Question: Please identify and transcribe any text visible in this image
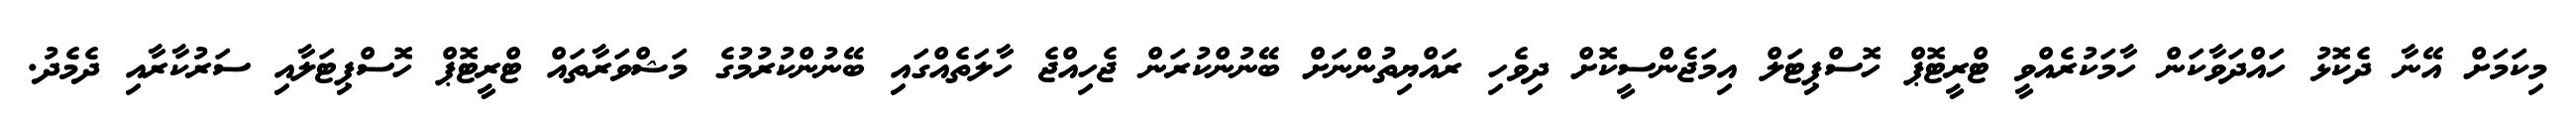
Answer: މިކަމަށް އޭނާ ދެކޮޅު ހައްދަވާކަން ހާމަކުރެއްވީ ޓްރީޓޮޕް ހޮސްޕިޓަލް އިމަޖެންސީކޮށް ދިވެހި ރައްޔިތުންނަށް ބޭނުންކުރަން ޖެހިއްޖެ ހާލަތެއްގައި ބޭނުންކުރުމުގެ މަޝްވަރާތައް ޓްރީޓޮޕް ހޮސްޕިޓަލާއި ސަރުކާރާއި ދެމެދު.